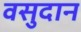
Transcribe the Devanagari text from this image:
वसुदान